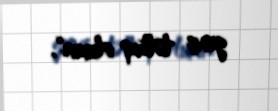
geniş tətbiq olunur”.